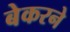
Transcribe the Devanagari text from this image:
बेकरने